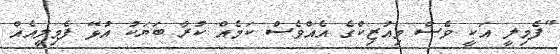
"ފެމިލީ އަކީ ވެސް މިއުޒިކްގެ އެއްވެސް ކަމެއް ކުރާ ބަޔަކު އުޅޭ ފެމިލީއެއް